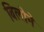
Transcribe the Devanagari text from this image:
बिलोने